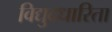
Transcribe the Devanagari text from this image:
विद्युदधारिता